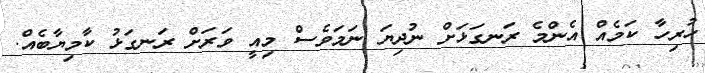
ހުރިހާ ކަމެއް އެންމެ ރަނގަޅަށް ނުދިޔަ ނަމަވެސް މިއީ ވަރަށް ރަނގަޅު ކާމިޔާބެއް.